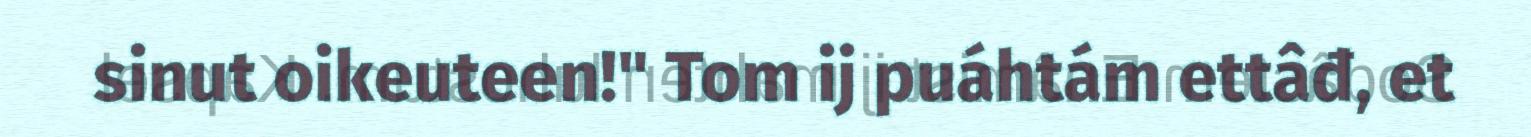
sinut oikeuteen!" Tom ij puáhtám ettâđ, et